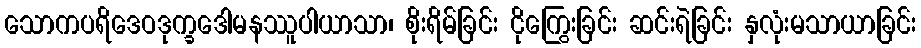
သောကပရိဒေဝဒုက္ခဒေါမနဿူပါယာသာ၊ စိုးရိမ်ခြင်း ငိုကြွေးခြင်း ဆင်းရဲခြင်း နှလုံးမသာယာခြင်း